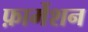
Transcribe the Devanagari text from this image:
फ़ार्मेशन